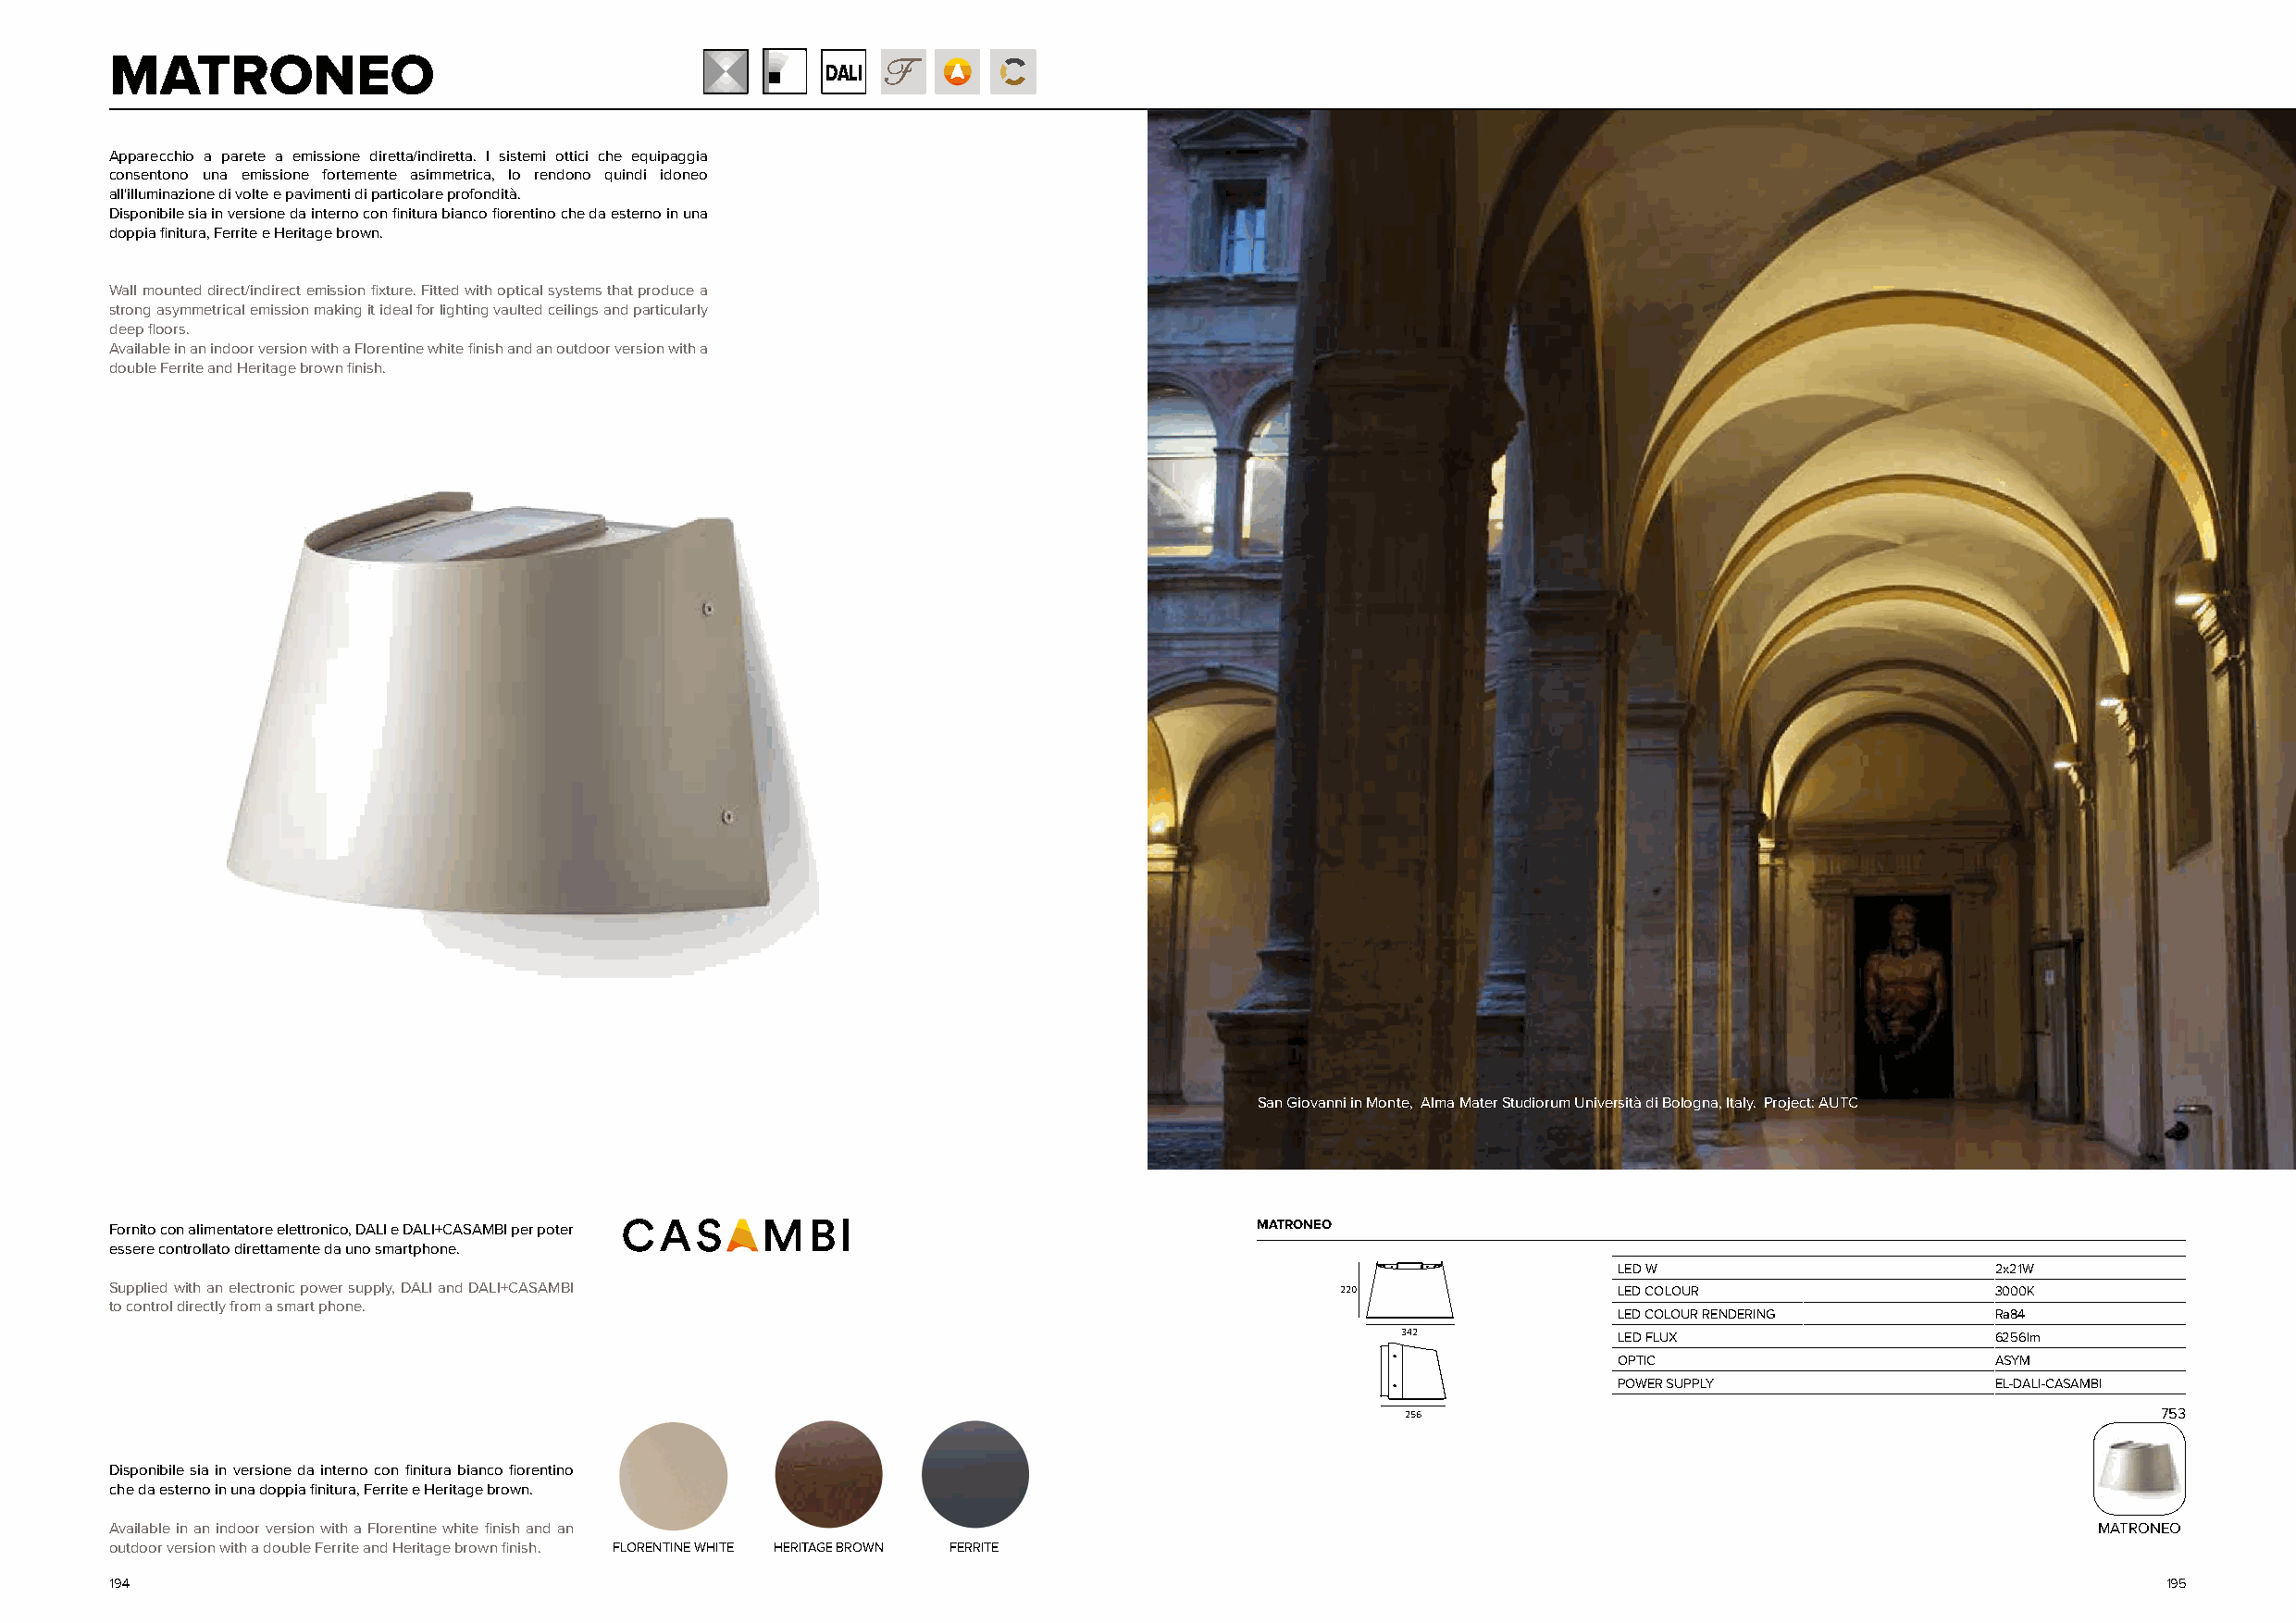
MATRONEO
 DALI
 Apparecchio a parete a emissione diretta/indiretta. I sistemi ottici che equipaggia
 consentono una emissione fortemente asimmetrica, lo rendono quindi idoneo
 all'illuminazione di volte e pavimenti di particolare profondità.
 Disponibile sia in versione da interno con finitura bianco fiorentino che da esterno in una
 doppia finitura, Ferrite e Heritage brown.
 Wall mounted direct/indirect emission fixture. Fitted with optical systems that produce a
 strong asymmetrical emission making it ideal for lighting vaulted ceilings and particularly
 deep floors.
 Available in an indoor version with a Florentine white finish and an outdoor version with a
 double Ferrite and Heritage brown finish.
 San Giovanni in Monte, Alma Mater Studiorum Università di Bologna, Italy. Project: AUTC
 Fornito con alimentatore elettronico, DALI e DALI+CASAMBI per poter               MATRONEO
 essere controllato direttamente da uno smartphone.
 LED W                      2x21W
 Supplied with an electronic power supply, DALI and DALI+CASAMBI                         220                 LED COLOUR                 3000K
 to control directly from a smart phone.
 LED COLOUR RENDERING       Ra84
 342             LED FLUX                   6256lm
 OPTIC                      ASYM
 POWER SUPPLY               EL-DALI-CASAMBI
 256                                                    753
 Disponibile sia in versione da interno con finitura bianco fiorentino
 che da esterno in una doppia finitura, Ferrite e Heritage brown.
 Available in an indoor version with a Florentine white finish and an                                                                          MATRONEO
 outdoor version with a double Ferrite and Heritage brown finish. FLORENTINE WHITE HERITAGE BROWN FERRITE
 194                                                                                                                                                195